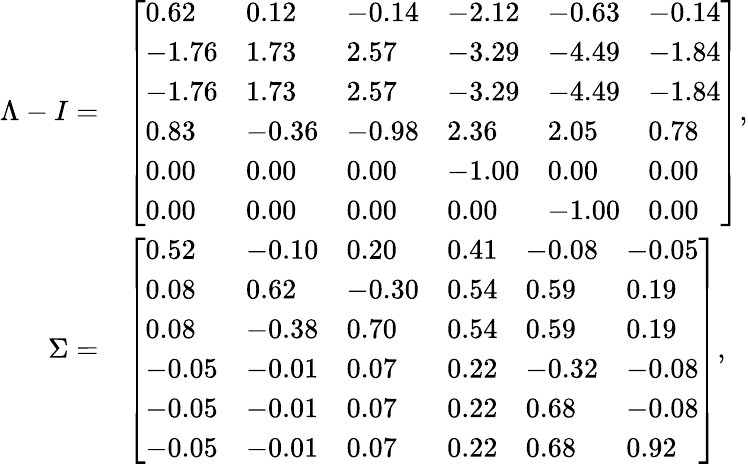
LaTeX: \begin{array}{rl}{\Lambda-I=}&{\left[\begin{array}{llllll}{0.62}&{0.12}&{-0.14}&{-2.12}&{-0.63}&{-0.14}\\ {-1.76}&{1.73}&{2.57}&{-3.29}&{-4.49}&{-1.84}\\ {-1.76}&{1.73}&{2.57}&{-3.29}&{-4.49}&{-1.84}\\ {0.83}&{-0.36}&{-0.98}&{2.36}&{2.05}&{0.78}\\ {0.00}&{0.00}&{0.00}&{-1.00}&{0.00}&{0.00}\\ {0.00}&{0.00}&{0.00}&{0.00}&{-1.00}&{0.00}\end{array}\right],}\\ {\Sigma=}&{\left[\begin{array}{llllll}{0.52}&{-0.10}&{0.20}&{0.41}&{-0.08}&{-0.05}\\ {0.08}&{0.62}&{-0.30}&{0.54}&{0.59}&{0.19}\\ {0.08}&{-0.38}&{0.70}&{0.54}&{0.59}&{0.19}\\ {-0.05}&{-0.01}&{0.07}&{0.22}&{-0.32}&{-0.08}\\ {-0.05}&{-0.01}&{0.07}&{0.22}&{0.68}&{-0.08}\\ {-0.05}&{-0.01}&{0.07}&{0.22}&{0.68}&{0.92}\end{array}\right],}\end{array}